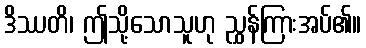
ဒိဿတိ၊ ဤသို့သောသူဟု ညွှန်ကြားအပ်၏။